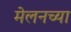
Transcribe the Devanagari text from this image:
मेलनच्या